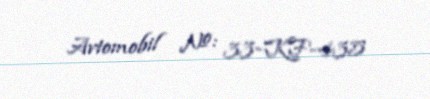
Avtomobil №: 33-KF-435